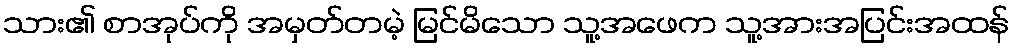
သား၏ စာအုပ်ကို အမှတ်တမဲ့ မြင်မိသော သူ့အဖေက သူ့အားအပြင်းအထန်